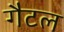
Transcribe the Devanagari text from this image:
गैटल